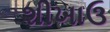
શીખાઉ